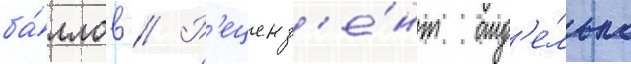
ба́ллов // Р'еценз'е́нт отд'е́льно